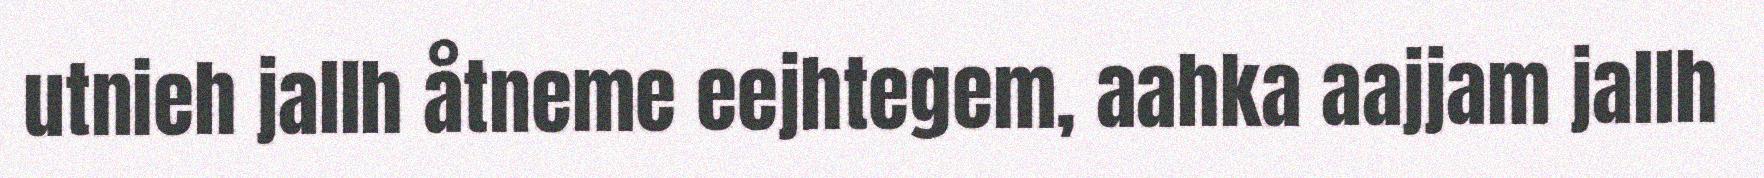
utnieh jallh åtneme eejhtegem, aahka aajjam jallh